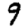
Digit: 9